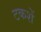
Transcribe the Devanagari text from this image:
टकशें